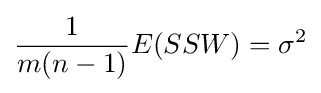
{\frac {1}{m(n-1)}}E(SSW)=\sigma ^{2}